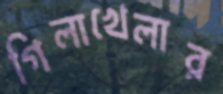
গিলাখেলার